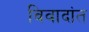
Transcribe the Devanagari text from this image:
विवादांत